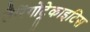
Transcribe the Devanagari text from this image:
लैरिंगोट्रेकाइटिस